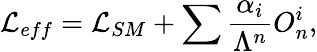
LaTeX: {\cal L}_{eff}={\cal L}_{SM}+\sum{\frac{\alpha_{i}}{\Lambda^{n}}}O_{n}^{i},